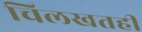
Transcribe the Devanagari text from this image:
चिलखतही